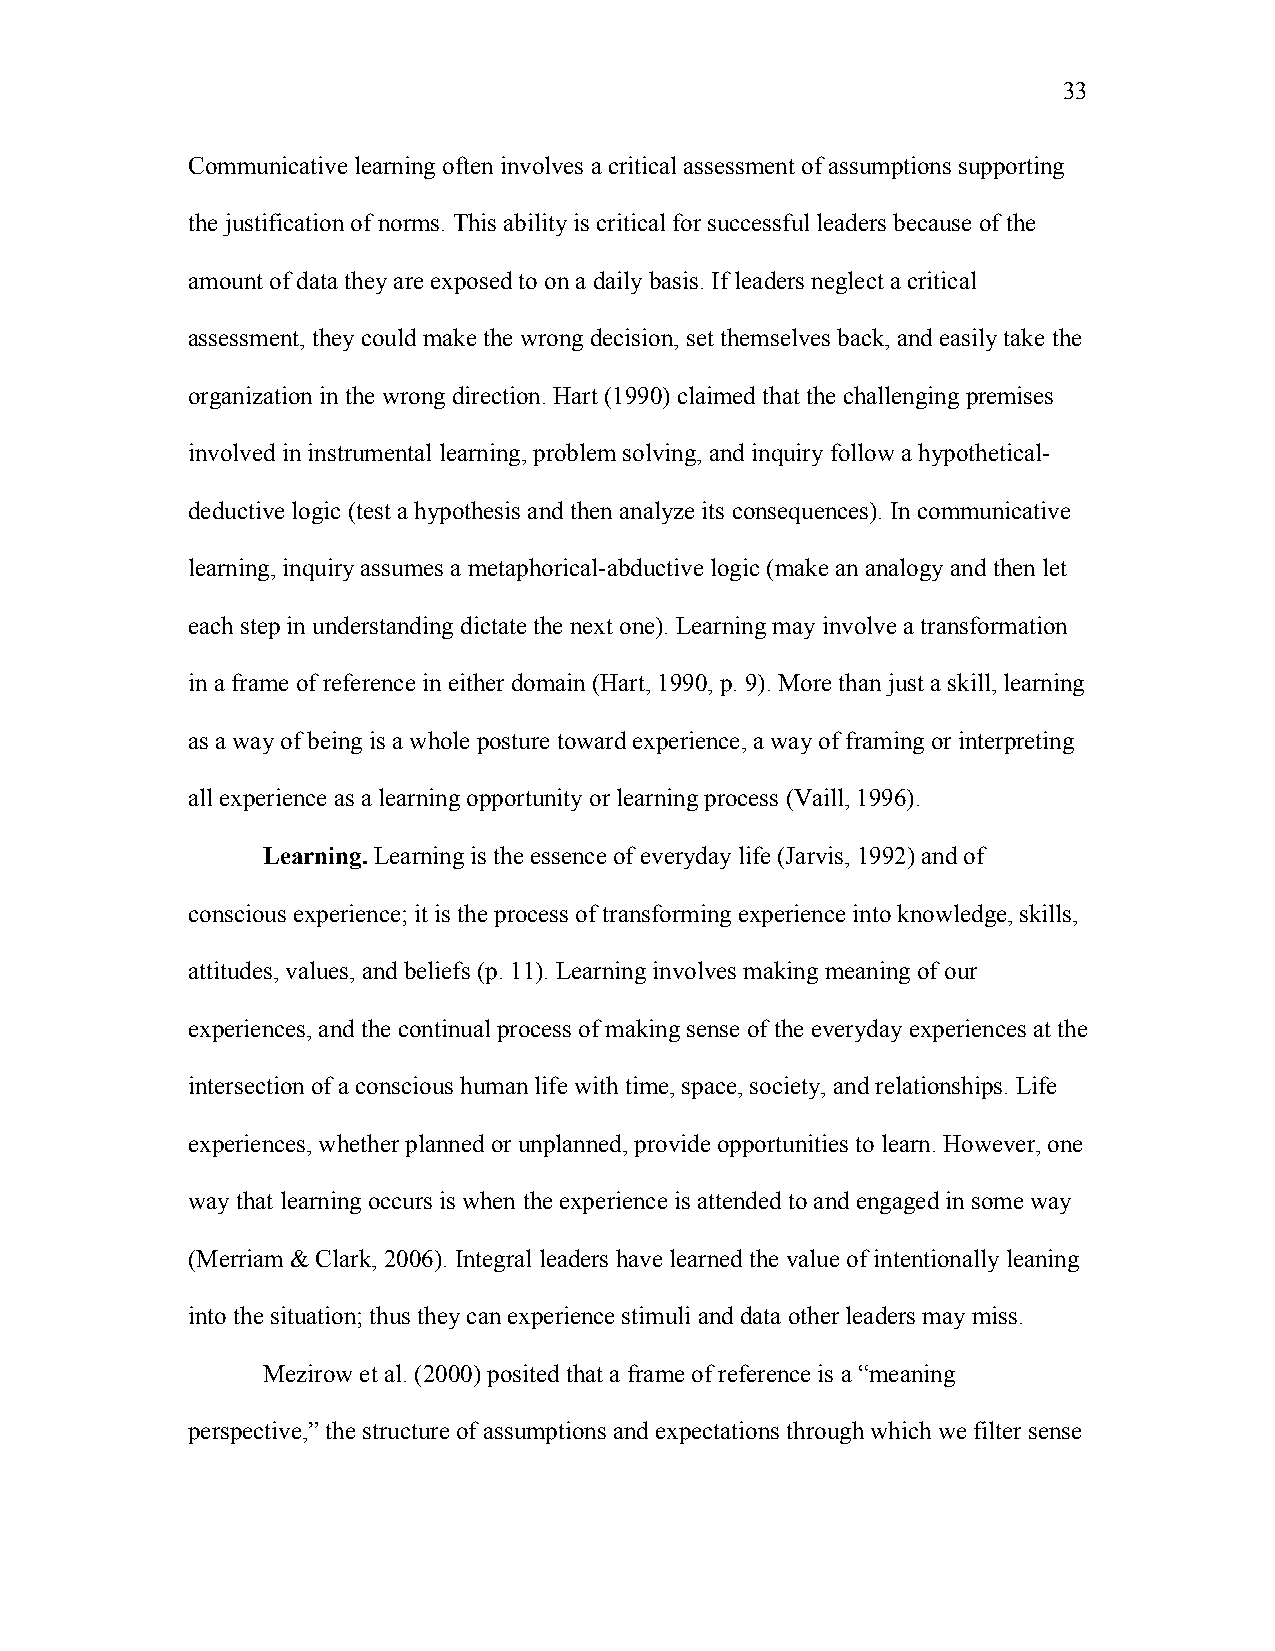
33
 Communicative learning often involves a critical assessment of assumptions supporting
 the justification of norms. This ability is critical for successful leaders because of the
 amount of data they are exposed to on a daily basis. If leaders neglect a critical
 assessment, they could make the wrong decision, set themselves back, and easily take the
 organization in the wrong direction. Hart (1990) claimed that the challenging premises
 involved in instrumental learning, problem solving, and inquiry follow a hypothetical-
 deductive logic (test a hypothesis and then analyze its consequences). In communicative
 learning, inquiry assumes a metaphorical-abductive logic (make an analogy and then let
 each step in understanding dictate the next one). Learning may involve a transformation
 in a frame of reference in either domain (Hart, 1990, p. 9). More than just a skill, learning
 as a way of being is a whole posture toward experience, a way of framing or interpreting
 all experience as a learning opportunity or learning process (Vaill, 1996).
 Learning. Learning is the essence of everyday life (Jarvis, 1992) and of
 conscious experience; it is the process of transforming experience into knowledge, skills,
 attitudes, values, and beliefs (p. 11). Learning involves making meaning of our
 experiences, and the continual process of making sense of the everyday experiences at the
 intersection of a conscious human life with time, space, society, and relationships. Life
 experiences, whether planned or unplanned, provide opportunities to learn. However, one
 way that learning occurs is when the experience is attended to and engaged in some way
 (Merriam & Clark, 2006). Integral leaders have learned the value of intentionally leaning
 into the situation; thus they can experience stimuli and data other leaders may miss.
 Mezirow et al. (2000) posited that a frame of reference is a “meaning
 perspective,” the structure of assumptions and expectations through which we filter sense